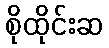
စိုထိုင်းဆ